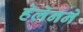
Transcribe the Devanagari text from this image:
हेलेनने